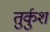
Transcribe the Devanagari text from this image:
तुर्कुश